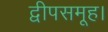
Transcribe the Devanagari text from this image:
द्वीपसमूह।